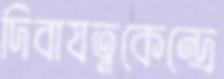
দিবাযত্নকেন্দ্রে